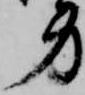
身